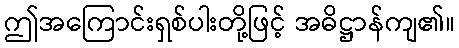
ဤအကြောင်းရှစ်ပါးတို့ဖြင့် အဓိဋ္ဌာန်ကျ၏။